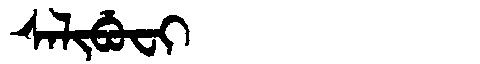
Manchu: ᠰᠠᠯᡳᠪᡠᠸᡳ
Romanization: SALIBUFI